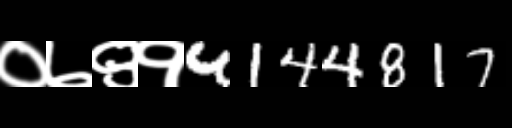
Text: ०७९१4144817